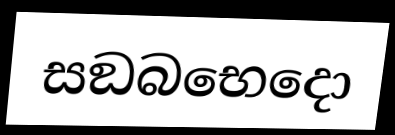
සඞබභෙදො